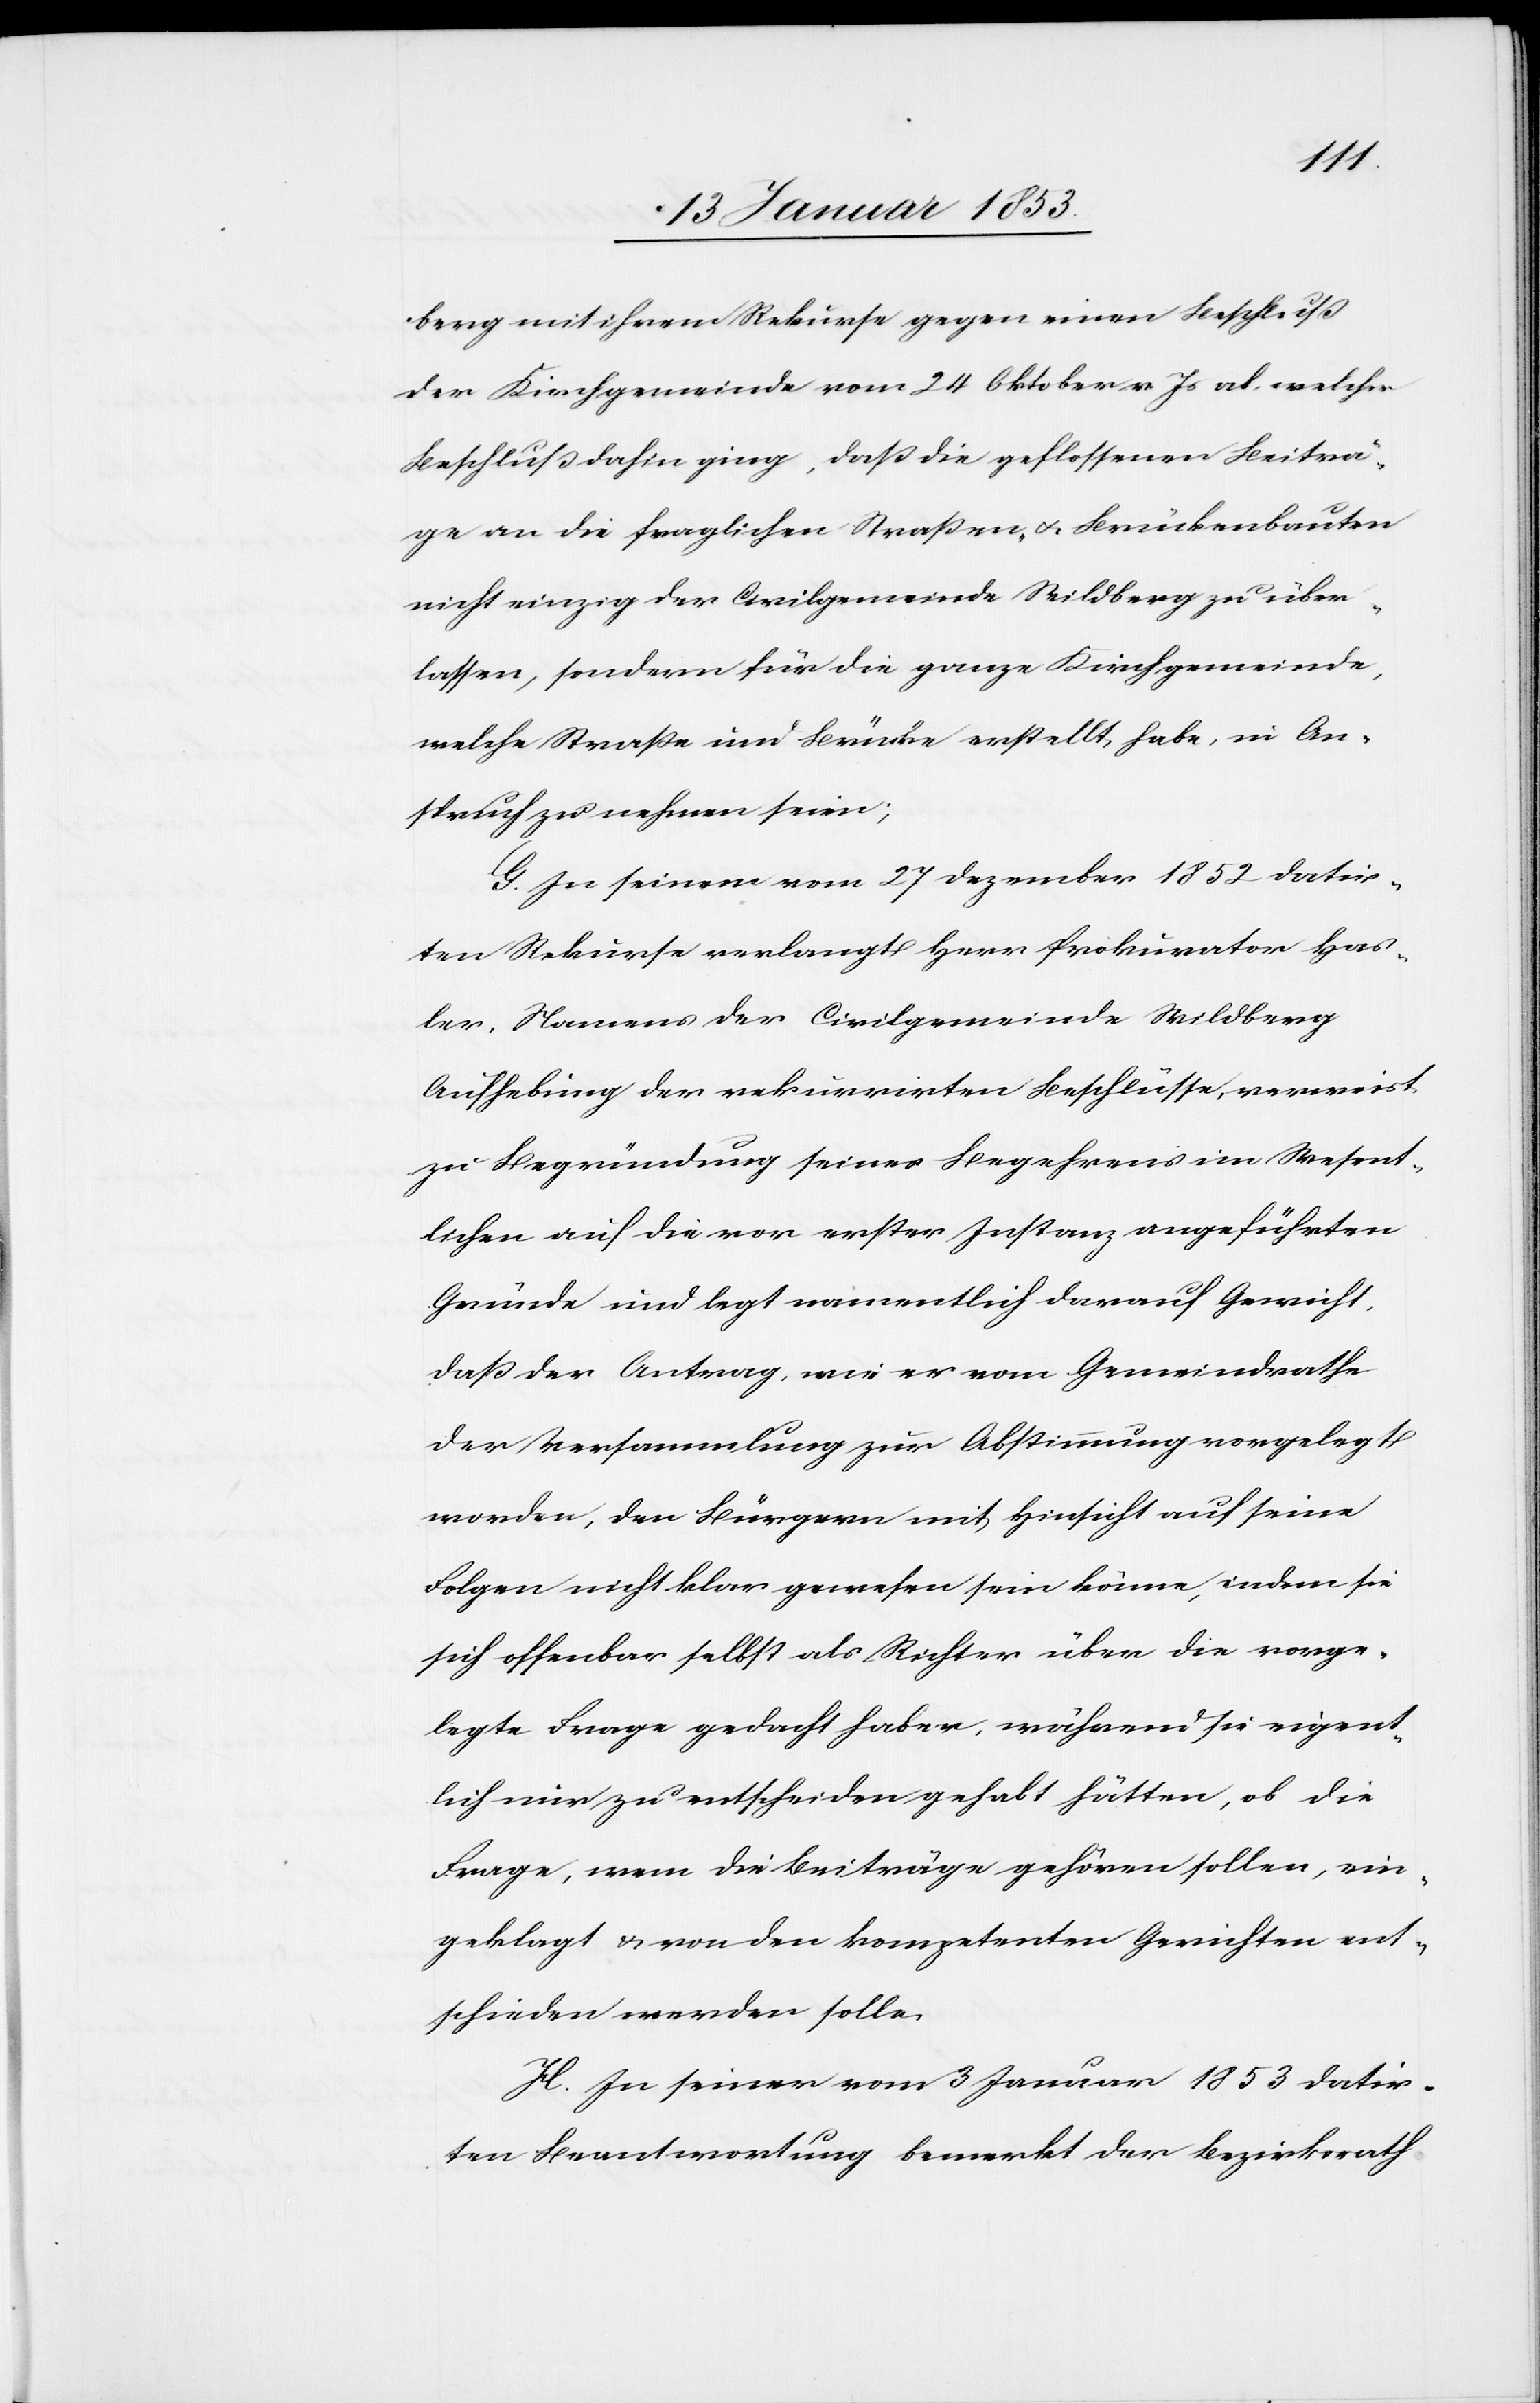
berg mit ihrem Rekurse gegen einen Beschluß
der Kirchgemeinde vom 24 Oktober v. Js. ab, welcher
Beschluß dahin ging, daß die geflossenen Beiträ¬
ge an die fraglichen Straßen- u. Brückenbauten
nicht einzig der Civilgemeinde Wildberg zu über¬
lassen, sondern für die ganze Kirchgemeinde,
welche Straße und Brücke erstellt, habe, in An¬
spruch zu nehmen seien;
G. In seinem vom 27 Dezember 1852 datir¬
ten Rekurse verlangt Herr Prokurator Has¬
ler, Namens der Civilgemeinde Wildberg
Aufhebung der rekurrirten Beschlüsse, verweist
zu Begründung seines Begehrens im Wesent¬
lichen auf die vor erster Instanz angeführten
Gründe und legt namentlich darauf Gewicht,
daß der Antrag, wie er vom Gemeindrathe
der Versammlung zur Abstimmung vorgelegt
worden, den Bürgern mit Hinsicht auf seine
Folgen nicht klar gewesen sein könne, indem sie
sich offenbar selbst als Richter über die vorge¬
legte Frage gedacht haben, während sie eigent¬
lich nur zu entscheiden gehabt hätten, ob die
Frage, wem die Beiträge gehören sollen, ein¬
geklagt u. von den kompetenten Gerichten ent¬
schieden werden solle.
H. In seiner vom 3 Januar 1853 datir¬
ten Beantwortung bemerkt der Bezirksrath